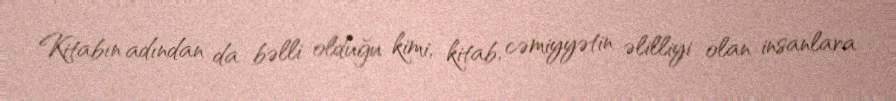
Kitabın adından da bəlli olduğu kimi, kitab, cəmiyyətin əlilliyi olan insanlara